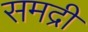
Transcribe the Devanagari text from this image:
समद्री